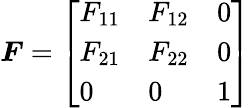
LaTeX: {\boldsymbol{F}}={\left[\begin{array}{lll}{F_{11}}&{F_{12}}&{0}\\ {F_{21}}&{F_{22}}&{0}\\ {0}&{0}&{1}\end{array}\right]}